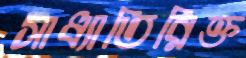
সাধ্যাতিরিক্ত